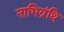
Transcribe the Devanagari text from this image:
नाभिग्रंथि